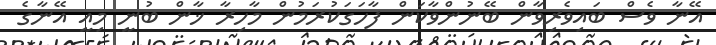
އޭނާ ވެސް ބައިވެރިވާން ބޭނުންވާކަން ފާހަގަކުރަމުން މާހިރާ ޚާން ބުނީ މިއީ އޭނާގެ